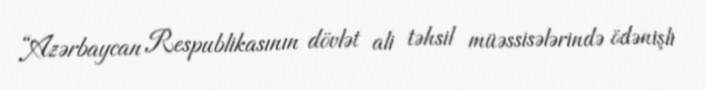
“Azərbaycan Respublikasının dövlət ali təhsil müəssisələrində ödənişli